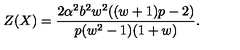
Z ( X ) = \frac { 2 \alpha ^ { 2 } b ^ { 2 } w ^ { 2 } ( ( w + 1 ) p - 2 ) } { p ( w ^ { 2 } - 1 ) ( 1 + w ) } .